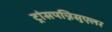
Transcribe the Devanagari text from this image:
ट्रांसपन्निसुएलर